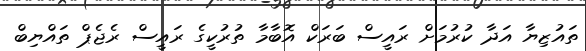
ތައުޒިޔާ އަދާ ކުރުމަށް ރައީސް ބަރަކް އޮބާމާ ތުރުކީގެ ރައީސް ރެޖެޕް ތައްޔިބް